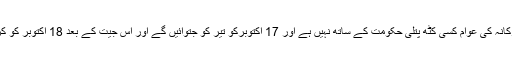
بلاول نے مزید کہا کہ لاڑکانہ کی عوام کسی کٹھ پتلی حکومت کے ساتھ نہیں ہے اور 17 اکتوبرکو تیر کو جتوائیں گے اور اِس جیت کے بعد 18 اکتوبر کو کراچی میں جلسہ کریں گے۔